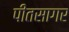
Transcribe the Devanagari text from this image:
पीतसागर